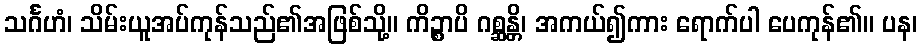
သင်္ဂဟံ၊ သိမ်းယူအပ်ကုန်သည်၏အဖြစ်သို့။ ကိဉ္စာပိ ဂစ္ဆန္တိ၊ အကယ်၍ကား ရောက်ပါ ပေကုန်၏။ ပန၊